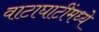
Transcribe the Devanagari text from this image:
वाटाघाटींमध्ये